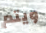
ويتم